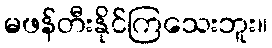
မဖန်တီးနိုင်ကြသေးဘူး။